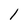
Character: 1